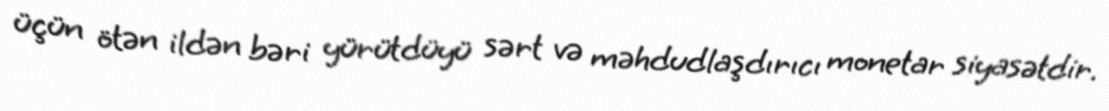
üçün ötən ildən bəri yürütdüyü sərt və məhdudlaşdırıcı monetar siyasətdir.